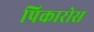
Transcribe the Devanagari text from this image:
पिकारोस